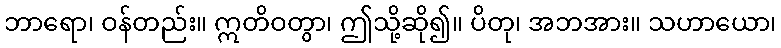
ဘာရော၊ ဝန်တည်း။ ဣတိဝတွာ၊ ဤသို့ဆို၍။ ပိတု၊ အဘအား။ သဟာယော၊